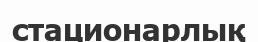
стационарлық